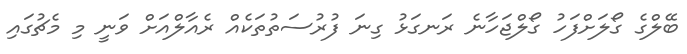
ބޭލްގެ ގޯލަށްފަހު ގޯލްޖަހާނެ ރަނގަޅު ގިނަ ފުރުސަތުތަކެއް ރެއާލްއަށް ވަނީ މި މެޗުގައި